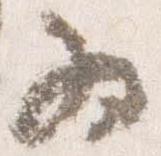
為